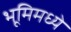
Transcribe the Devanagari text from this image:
भूमिमध्ये